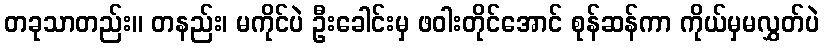
တခုသာတည်း။ တနည်း၊ မကိုင်ပဲ ဦးခေါင်းမှ ဖဝါးတိုင်အောင် စုန်ဆန်ကာ ကိုယ်မှမလွှတ်ပဲ